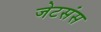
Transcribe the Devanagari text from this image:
जेटसंस